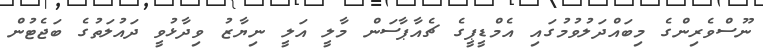
ނޫސްވެރިންގެ މިބައްދަލުވުމުގައި އެމްޑީޕީގެ ޗެއާޕާސަން މާލީ އަލީ ނިޔާޒު ވިދާޅުވީ ދައުލަތުގެ ބަޖެޓުން